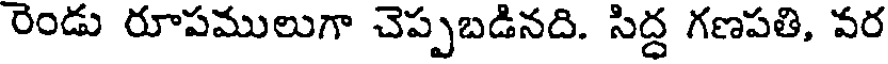
రెండు రూపములుగా చెప్పబడినది. సిద్ధ గణపతి, వర